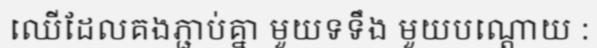
ឈើដែលគងភ្ជាប់គ្នា មួយទទឹង មួយបណ្តោយ :